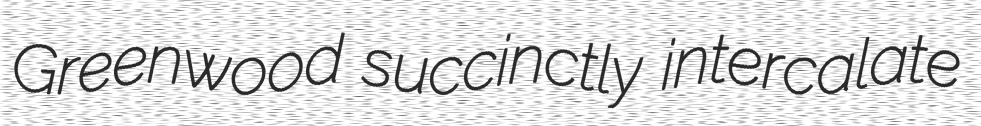
Greenwood succinctly intercalate